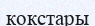
кокстары